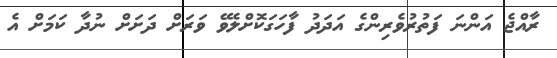
ރާއްޖެ އަންނަ ފަތުރުވެރިންގެ އަދަދު ފާހަގަކޮށްލެވޭ ވަރަށް ދަށަށް ނުދާ ކަމަށް އެ